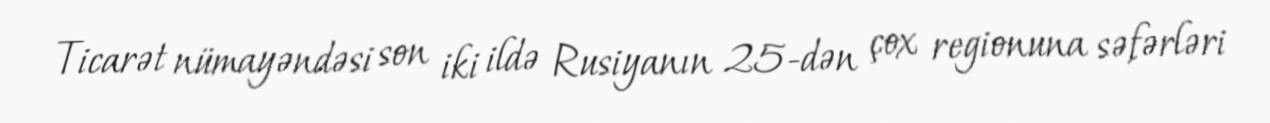
Ticarət nümayəndəsi son iki ildə Rusiyanın 25-dən çox regionuna səfərləri